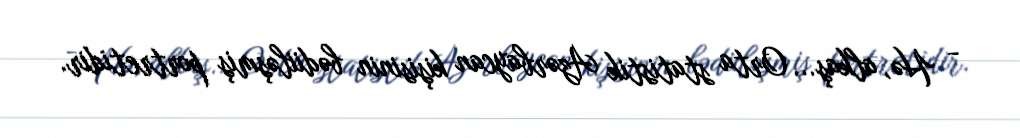
- Hə, alkaş... Orta statistik Azərbaycan kişisinin bədiiləşmiş portretidir.